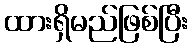
ထားရှိမည်ဖြစ်ပြီး